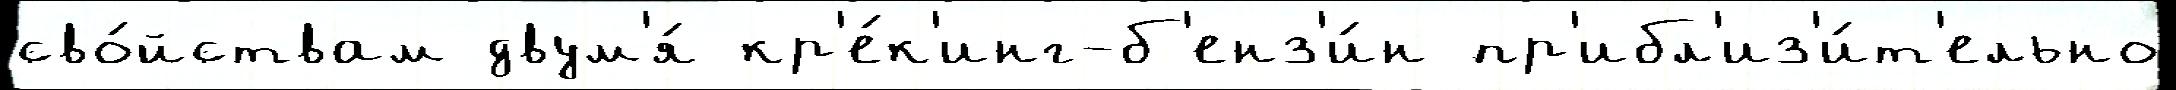
сво́йствам двум'я́ кр'е́к'инг-б'енз'и́н пр'ибл'из'и́т'ельно